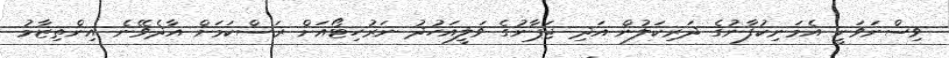
ވިސްނަވަނީ އެމަނިކުފާނުގެ ދަރިކަލުން އަދި ޖަޕާނުގެ ވަލީއަހުދު ނަރުހިޓޯއަށް ރަސްކަމަށް އާދެވޭނެ އިންތިޒާމު